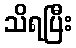
သိရပြီး